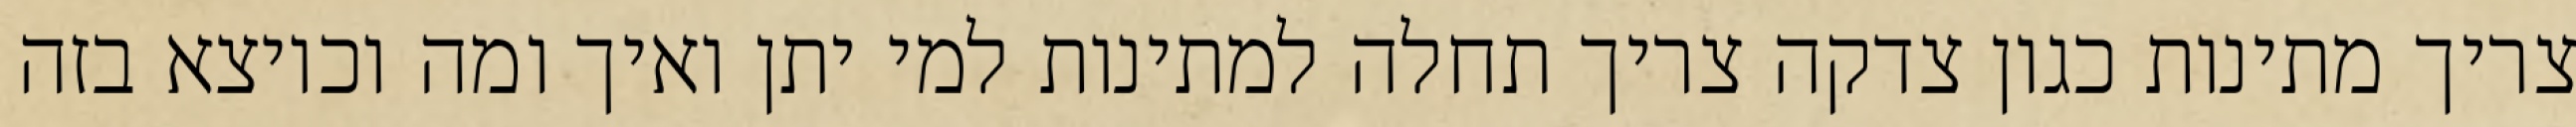
צריך מתינות כגון צדקה צריך תחלה למתינות למי יתן ואיך ומה וכיוצא בזה